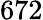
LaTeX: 672